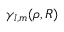
\gamma _ { l , m } ( { \boldsymbol \rho } , R )